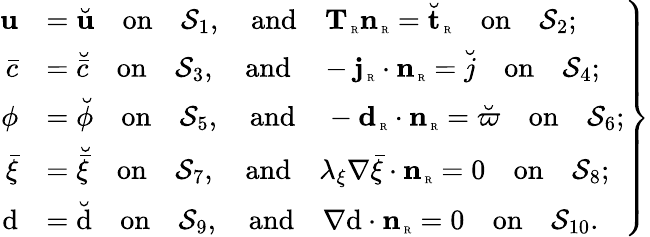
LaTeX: \left.\begin{array}{rl}{{\mathbf u}}&{=\breve{{\mathbf u}}\quad\mathrm{on}\quad\mathcal{S}_{1},\quad\mathrm{and}\quad{\mathbf T}_{\mathrm{\tiny~R}}{\mathbf n}_{\mathrm{\tiny~R}}=\breve{{\mathbf t}}_{\mathrm{\tiny~R}}\quad\mathrm{on}\quad\mathcal{S}_{2};}\\ {\bar{c}}&{=\breve{\bar{c}}\quad\mathrm{on}\quad\mathcal{S}_{3},\quad\mathrm{and}\quad-{\mathbf j}_{\mathrm{\tiny~R}}\cdot{\mathbf n}_{\mathrm{\tiny~R}}=\breve{j}\quad\mathrm{on}\quad\mathcal{S}_{4};}\\ {\phi}&{=\breve{\phi}\quad\mathrm{on}\quad\mathcal{S}_{5},\quad\mathrm{and}\quad-\textbf{d}_{\mathrm{\tiny~R}}\cdot{\mathbf n}_{\mathrm{\tiny~R}}=\breve{\varpi}\quad\mathrm{on}\quad\mathcal{S}_{6};}\\ {\bar{\xi}}&{=\breve{\bar{\xi}}\quad\mathrm{on}\quad\mathcal{S}_{7},\quad\mathrm{and}\quad\lambda_{\xi}\nabla\bar{\xi}\cdot{\mathbf n}_{\mathrm{\tiny~R}}=0\quad\mathrm{on}\quad\mathcal{S}_{8};}\\ {\mathrm{d}}&{=\breve{\mathrm{d}}\quad\mathrm{on}\quad\mathcal{S}_{9},\quad\mathrm{and}\quad{\nabla\mathrm{d}}\cdot{\mathbf n}_{\mathrm{\tiny~R}}=0\quad\mathrm{on}\quad\mathcal{S}_{10}.}\end{array}\right\}